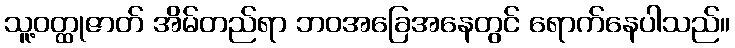
သူ့ဝတ္ထုဇာတ် အိမ်တည်ရာ ဘဝအခြေအနေတွင် ရောက်နေပါသည်။